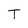
Character: T